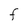
Character: F